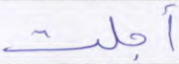
أجلت